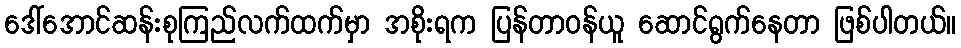
ဒေါ်အောင်ဆန်းစုကြည်လက်ထက်မှာ အစိုးရက ပြန်တာဝန်ယူ ဆောင်ရွက်နေတာ ဖြစ်ပါတယ်။